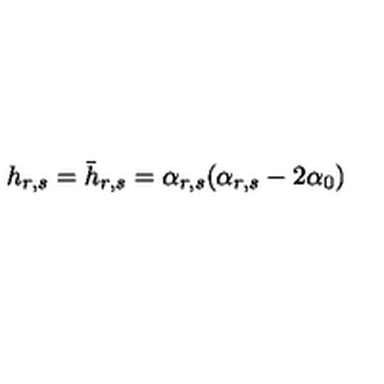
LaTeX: h _ { r , s } = \bar { h } _ { r , s } = \alpha _ { r , s } ( \alpha _ { r , s } - 2 \alpha _ { 0 } )